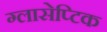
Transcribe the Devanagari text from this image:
ग्लासेप्टिक